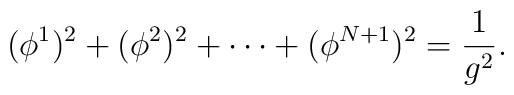
(\phi^1)^2+(\phi^2)^2+\cdots +(\phi^{N+1})^2=\frac{1}{g^2}.